Senior Leaving Certificate Examination (including Day School Certificate (Higher) General paper), 1950
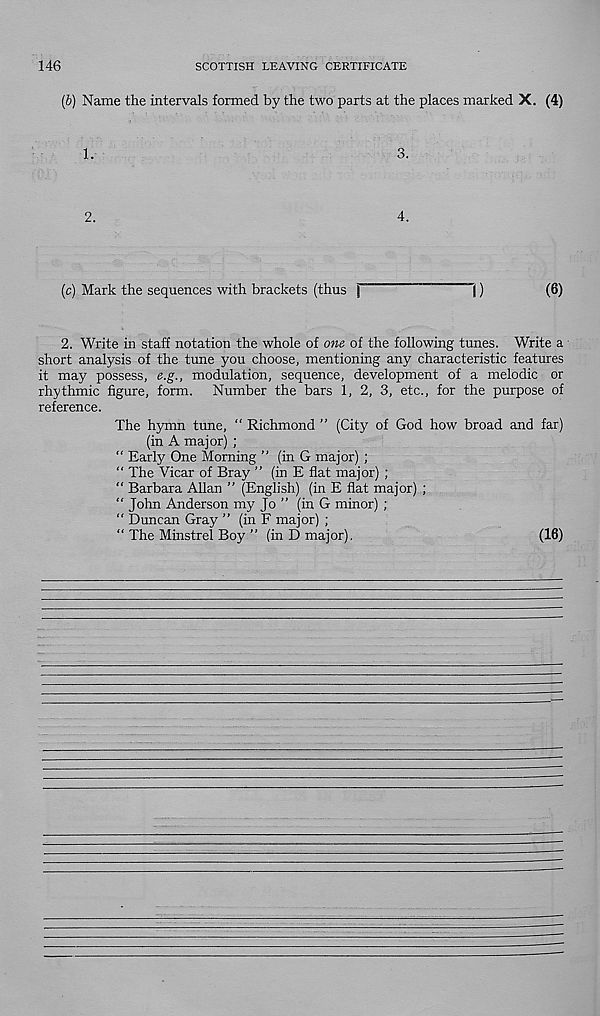
146
SCOTTISH LEAVING CERTIFICATE
(b) Name the intervals formed by the two parts at the places marked X. (4)
1.
3.
2.
4.
(c) Mark the sequences with brackets (thus j
j)
(6)
2. Write in staff notation the whole of one of the following tunes. Write a
short analysis of the tune you choose, mentioning any characteristic features
it may possess, e.g., modulation, sequence, development of a melodic or
rhythmic figure, form. Number the bars 1, 2, 3, etc., for the purpose of
reference.
The hymn tune, " Richmond ” (City of God how broad and far)
(in A major) ;
“ Early One Morning ” (in G major) ;
“ The Vicar of Bray ” (in E flat major) ;
“ Barbara Allan ” (English) (in E flat major) ;
“ John Anderson my Jo ” (in G minor) ;
“ Duncan Gray ” (in F major) ;
“ The Minstrel Boy ” (in D major).
(16)